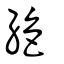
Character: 𢇍